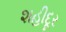
શહીદૂર